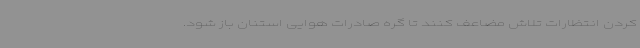
کردن انتظارات تلاش مضاعف کنند تا گره صادرات هوایی استنان باز شود.